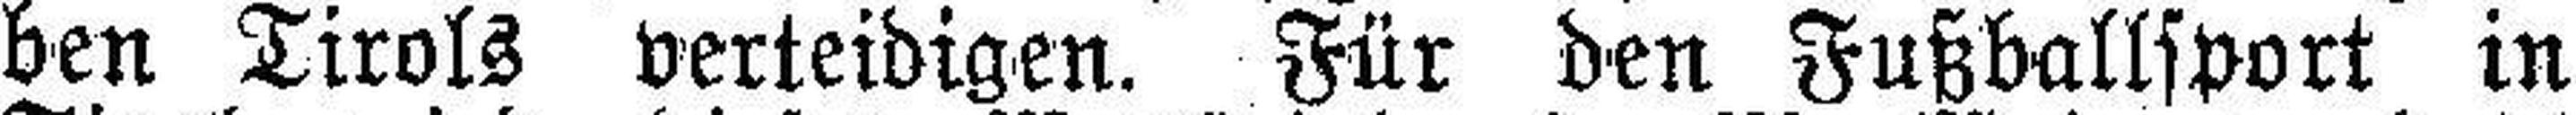
ben Tirols verteidigen. Für den Fußballsport in